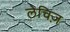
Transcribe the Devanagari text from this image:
लेचिज़